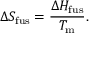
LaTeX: \Delta S _ { \mathrm { f u s } } = { \frac { \Delta H _ { \mathrm { f u s } } } { T _ { \mathrm { m } } } } .